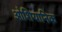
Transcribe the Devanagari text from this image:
ओशियानिक